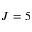
J = 5